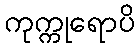
ကုက္ကုရောပိ